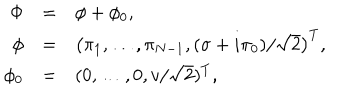
LaTeX: \begin{array} { r c l } { { \Phi } } & { { = } } & { { \phi + \phi _ { 0 } , } } \\ { { \phi } } & { { = } } & { { \left( \pi _ { 1 } , \dots , \pi _ { N - 1 } , ( \sigma + i \pi _ { 0 } ) / \sqrt { 2 } \right) ^ { T } , } } \\ { { \phi _ { 0 } } } & { { = } } & { { ( 0 , \dots , 0 , v / \sqrt { 2 } ) ^ { T } , } } \\ \end{array}